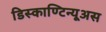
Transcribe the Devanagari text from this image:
डिस्काण्टिन्यूअस